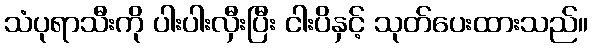
သံပုရာသီးကို ပါးပါးလှီးပြီး ငါးပိနှင့် သုတ်ပေးထားသည်။